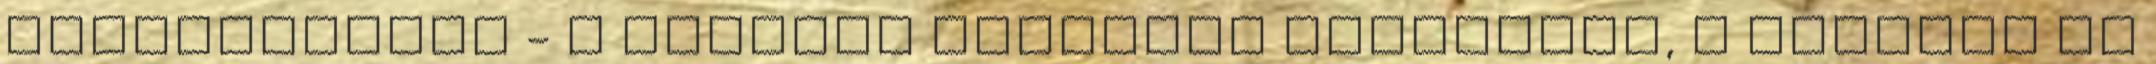
fordulójában - a győztes biztosan továbbjut, a vesztes jó